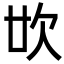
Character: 𣢓